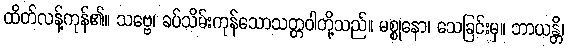
ထိတ်လန့်ကုန်၏။ သဗ္ဗေ၊ ခပ်သိမ်းကုန်သောသတ္တဝါတို့သည်။ မစ္စုနော၊ သေခြင်းမှ။ ဘာယန္တိ၊